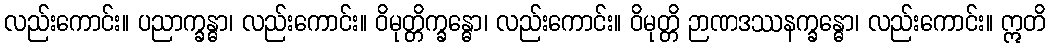
လည်းကောင်း။ ပညာက္ခန္ဓာ၊ လည်းကောင်း။ ဝိမုတ္တိက္ခန္ဓော၊ လည်းကောင်း။ ဝိမုတ္တိ ဉာဏဒဿနက္ခန္ဓော၊ လည်းကောင်း။ ဣတိ